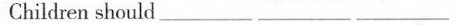
Children should ___ ___ ___